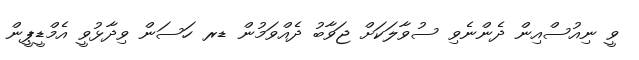
ވީ ނިއުސްއިން ދެންނެވި ސުވާލަކަށް ޖަވާބު ދެއްވަމުން ޑރ ހަސަން ވިދާޅުވީ އެމްޑީޕީން